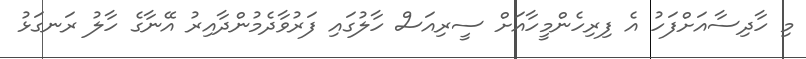
މި ހާދިސާއަށްފަހު އެ ފިރިހެންމީހާއަށް ސީރިއަސް ހާލުގައި ފަރުވާދެމުންދާއިރު އޭނާގެ ހާލު ރަނގަޅު